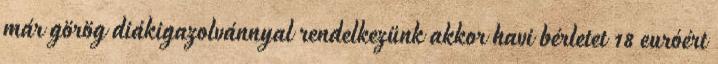
már görög diákigazolvánnyal rendelkezünk akkor havi bérletet 18 euróért